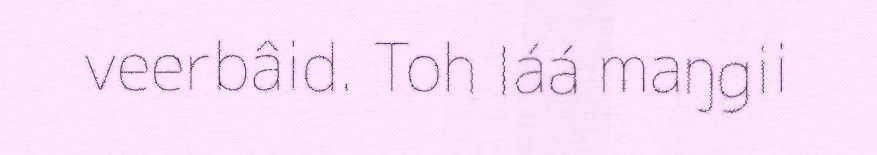
veerbâid. Toh láá maŋgii